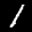
Label: 1